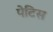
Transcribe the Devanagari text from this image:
पेटिस